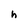
Character: h